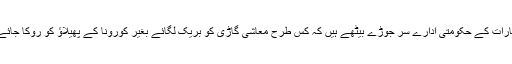
امارات کے حکومتی ادارے سر جوڑے بیٹھے ہیں کہ کس طرح معاشی گاڑی کو بریک لگائے بغیر کورونا کے پھیلاؤ کو روکا جائے؟